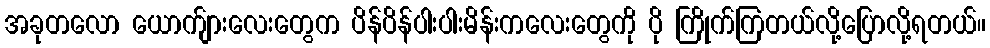
အခုတလော ယောက်ျားလေးတွေက ပိန်ပိန်ပါးပါးမိန်းကလေးတွေကို ပို ကြိုက်ကြတယ်လို့ပြောလို့ရတယ်။